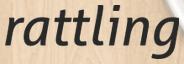
rattling